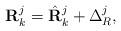
LaTeX: \begin{align*}\mathbf{R}^j_{k}=\hat{\mathbf{R}}^j_{k}+\Delta^j_{R},\end{align*}